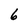
Character: 6